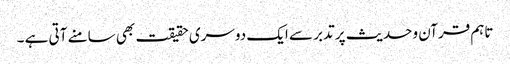
تاہم قرآن وحدیث پر تدبر سے ایک دوسری حقیقت بھی سامنے آتی ہے ۔